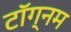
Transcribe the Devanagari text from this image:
टॉग्नम